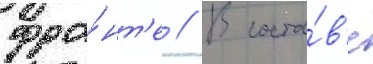
фро́нт'е // В соста́в'е